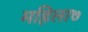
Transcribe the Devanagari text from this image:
महिला७